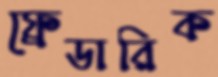
ফ্রেডারিক